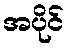
အပိုင်